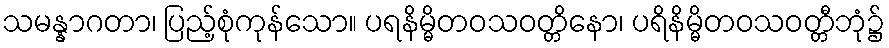
သမန္နာဂတာ၊ ပြည့်စုံကုန်သော။ ပရနိမ္မိတဝသဝတ္တိနော၊ ပရိနိမ္မိတဝသဝတ္တီဘုံ၌